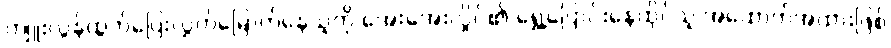
ကျူးလွန်ထွက်ပြေးလွှတ်မြောက်နေသူကို အေးအေးလှိုင်၏ ရွှေ့ပြောင်းနေထိုင်သူ အထောက်အထားဖြစ်